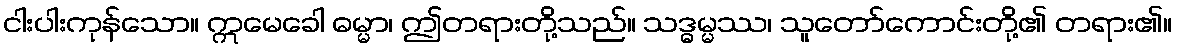
ငါးပါးကုန်သော။ ဣမေခေါ ဓမ္မာ၊ ဤတရားတို့သည်။ သဒ္ဓမ္မဿ၊ သူတော်ကောင်းတို့၏ တရား၏။